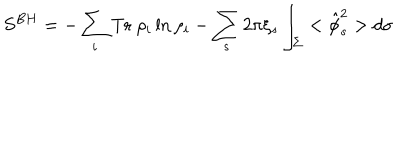
LaTeX: S ^ { B H } = - \sum _ { i } \mathrm { T r } ~ \rho _ { i } \ln \rho _ { i } - \sum _ { s } 2 \pi \xi _ { s } \int _ { \Sigma } < \hat { \phi } _ { s } ^ { 2 } > d \sigma